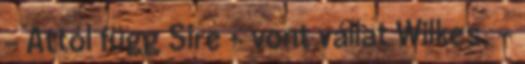
- Attól függ Sire - vont vállat Wilkes, -